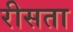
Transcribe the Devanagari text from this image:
रीसता